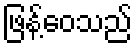
ဖြန့်ဝေသည်